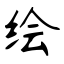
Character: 绘